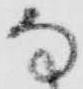
な